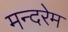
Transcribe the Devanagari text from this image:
मन्दरेम